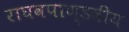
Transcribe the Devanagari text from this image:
राघवपाण्डवीय